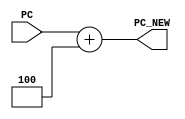
`timescale 1ns / 1ps
//////////////////////////////////////////////////////////////////////////////////
// Company: 
// Engineer: 
// 
// Design Name: 
// Module Name: PC_IF
// Project Name: 
// Target Devices: 
// Tool Versions: 
// Description: 
// 
// Dependencies: 
// 
// Revision:
// Revision 0.01 - File Created
// Additional Comments:
// 
//////////////////////////////////////////////////////////////////////////////////


module PC_IF(
    input [31:0] PC,
    output reg [31:0] PC_NEW
    );
    always @(*)
    begin 
        PC_NEW <= PC + 4;
    end
endmodule